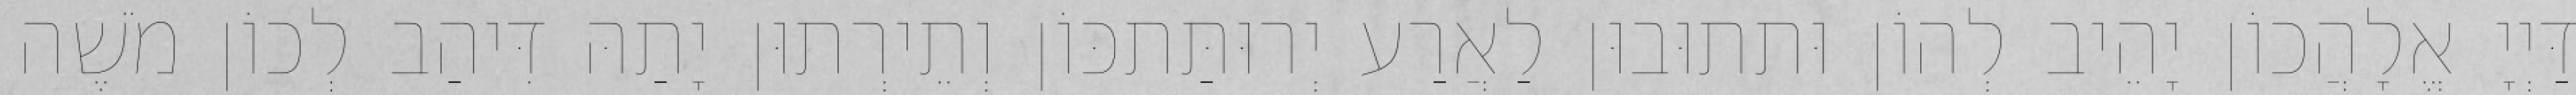
דַּיְיָ אֱלָהֲכוֹן יָהֵיב לְהוֹן וּתתוּבוּן לַאֲרַע יְרוּתַּתכּוֹן וְתֵירְתוּן יָתַהּ דִּיהַב לְכוֹן מֹשֶׁה